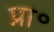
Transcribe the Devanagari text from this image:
प्रा॰